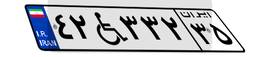
۴۲W۳۳۲۳۵